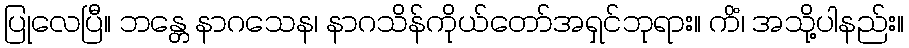
ပြုလေပြီ။ ဘန္တေ နာဂသေန၊ နာဂသိန်ကိုယ်တော်အရှင်ဘုရား။ ကိံ၊ အသို့ပါနည်း။